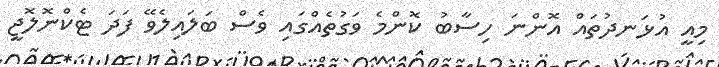
މިއީ އުޅަނދުތައް އޮންނަ ހިސާބު ކޮންމެ ވަގުތެއްގައި ވެސް ބަލައިލެވޭ ފަދަ ޓެކްނޮލޮޖީ